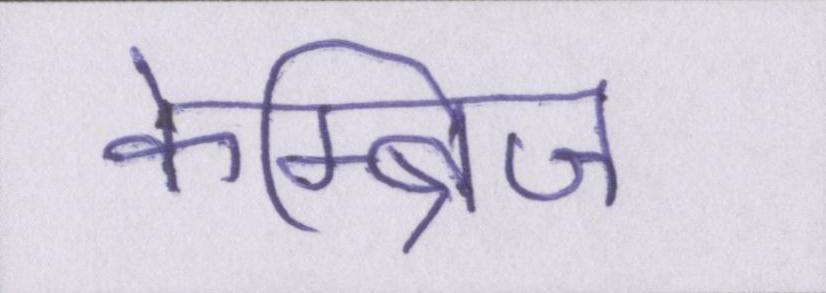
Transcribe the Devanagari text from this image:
केम्ब्रिज